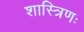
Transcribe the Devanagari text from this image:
शास्त्रिणः